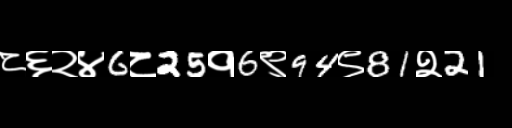
Text: ८६२४6८25१6९94९81२21